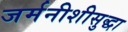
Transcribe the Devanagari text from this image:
जर्मनीशीसुद्धा